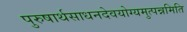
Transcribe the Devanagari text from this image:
पुरुषार्थसाधनदेवयोग्यमुत्पन्नमिति